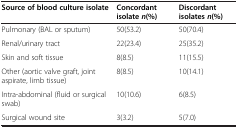
<table><thead><tr><td><b>Source of blood culture isolate</b></td><td><b>Concordant isolate<i>n</i>(%)</b></td><td><b>Discordant isolates<i>n</i>(%)</b></td></tr></thead><tbody><tr><td>Pulmonary (BAL or sputum)</td><td>50(53.2)</td><td>50(70.4)</td></tr><tr><td>Renal/urinary tract</td><td>22(23.4)</td><td>25(35.2)</td></tr><tr><td>Skin and soft tissue</td><td>8(8.5)</td><td>11(15.5)</td></tr><tr><td>Other (aortic valve graft, joint aspirate, limb tissue)</td><td>8(8.5)</td><td>10(14.1)</td></tr><tr><td>Intra-abdominal (fluid or surgical swab)</td><td>10(10.6)</td><td>6(8.5)</td></tr><tr><td>Surgical wound site</td><td>3(3.2)</td><td>5(7.0)</td></tr></tbody></table>